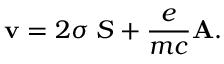
{ \bf v } = 2 \sigma { \bf \nabla } S + \frac { e } { m c } { \bf A } .